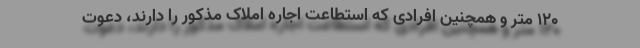
120 متر و همچنین افرادی که استطاعت اجاره املاک مذکور را دارند، دعوت